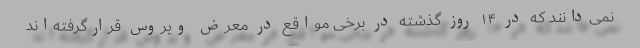
نمی‌دانند که در ۱۴ روز گذشته در برخی مواقع در معرض ویروس قرارگرفته‌اند